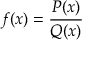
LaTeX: f ( x ) = { \frac { P ( x ) } { Q ( x ) } }